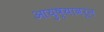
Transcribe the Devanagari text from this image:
आयुष्यावरून